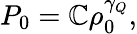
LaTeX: P_{0}=\mathbb{C}\rho_{0}^{\gamma_{Q}},